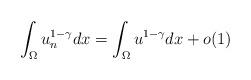
LaTeX: \begin{align*} \int_{\Omega}u_n^{1-\gamma}dx=\int_{\Omega}u^{1-\gamma}dx+o(1) \end{align*}